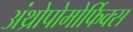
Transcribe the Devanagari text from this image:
अंथ्रोपोमोर्फिक्स